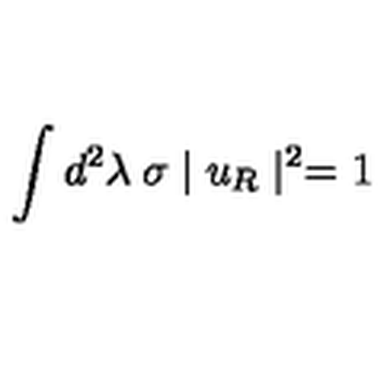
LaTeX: \int d ^ { 2 } \lambda \: \sigma \mid u _ { R } \mid ^ { 2 } = 1